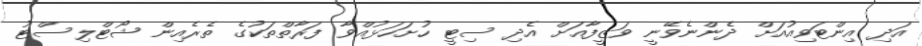
އަދި އިންޓަވިއުއަށް ދެންނެވޭނީ ވަޒީފާއަށް އެދި ސިޓީ ހުށަހަޅުއްވާ ފަރާތްތަކުގެ ތެރެއިން ޝޯޓްލިސްޓު